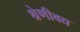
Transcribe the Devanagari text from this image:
श्रेणीबद्य